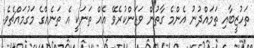
ތަހުޒީބާއި ތަމައްދުނު އެންމެ ގާތުން ވަޒަންކުރެވޭ އެއް ތަނަކީ އެ ތަނެއްގެ މަގުމައްޗެވެ.